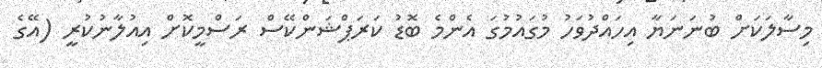
މިސާލަކަށް ބުނަނަޔާ އިހައްދުވަހު މުގައުމުގަ އެންމެ ބޮޑު ކަރަޕްޝަންކޭސް ރަސްމީކޮށް އިއުލާނުކުރީ (އޭގެ